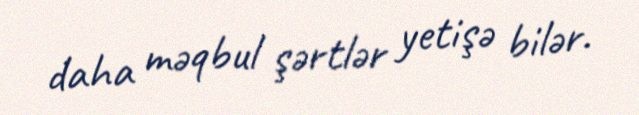
daha məqbul şərtlər yetişə bilər.